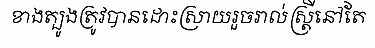
ខាងត្បូងត្រូវបានដោះស្រាយរួចរាល់ស្ត្រីនៅតែ